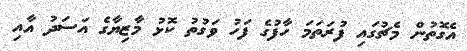
އެގޮތުން މެޗުގައި ފުރަތަމަ ހާފުގެ ފަހު ވަގުތު ކޮޅު މާޒިޔާގެ އަސަދު އާއި